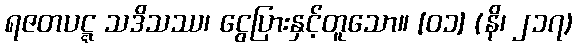
ရဇတပဋ္ဋ သဒိသဿ၊ ငွေပြားနှင့်တူသော။ [၀၁] (နိ၊ ၂၁၇)